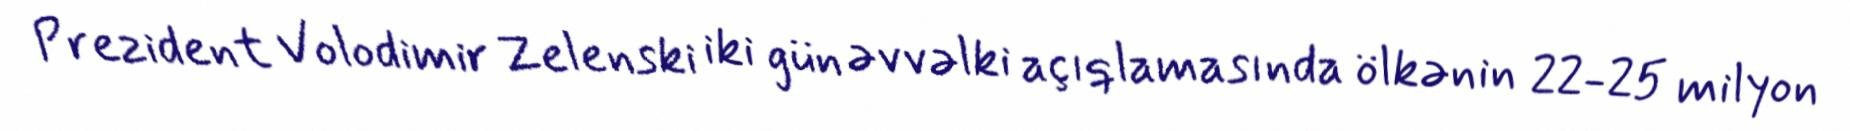
Prezident Volodimir Zelenski iki gün əvvəlki açıqlamasında ölkənin 22-25 milyon